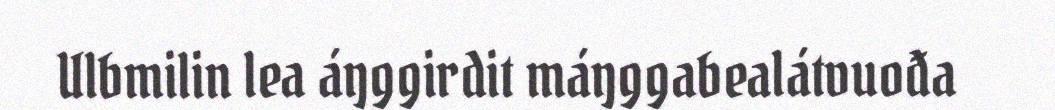
Ulbmilin lea áŋggirdit máŋggabealátvuođa